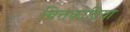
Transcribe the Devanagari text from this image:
चित्तकोडिया